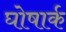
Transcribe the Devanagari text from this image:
घोषार्क